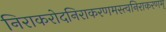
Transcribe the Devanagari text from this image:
निराकरोदनिराकरणमस्त्वनिराकरणम्